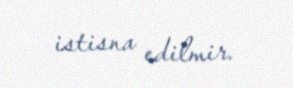
istisna edilmir.